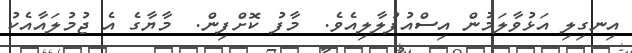
އިނގިލި އަޅުވާލަމުން އިސްއުފުލާލިއެވެ.  މާފު ކޮށްފިން.  މާޔާގެ އެ ޖުމުލައާއެކު